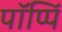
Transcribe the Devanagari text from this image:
पॉप्पिं